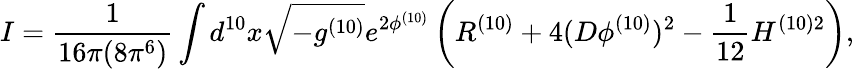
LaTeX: I=\frac{1}{16\pi(8\pi^{6})}\int d^{10}x\sqrt{-g^{(10)}}e^{2\phi^{(10)}}\left(R^{(10)}+4(D\phi^{(10)})^{2}-\frac{1}{12}H^{(10)2}\right),